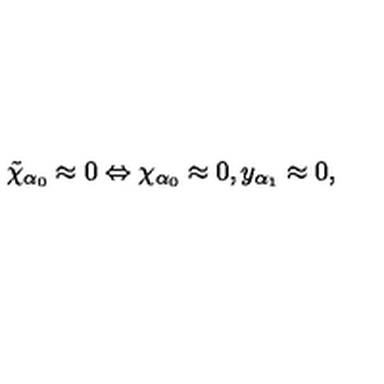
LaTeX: \tilde { \chi } _ { \alpha _ { 0 } } \approx 0 \Leftrightarrow \chi _ { \alpha _ { 0 } } \approx 0 , y _ { \alpha _ { 1 } } \approx 0 ,